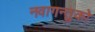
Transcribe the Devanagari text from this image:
नवागन्तुको